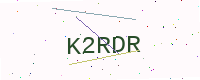
Text: K2RDR